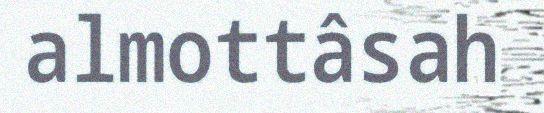
almottâsah